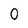
Character: 0